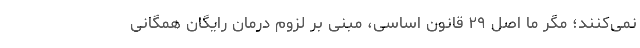
نمی‌کنند؛ مگر ما اصل ۲۹ قانون اساسی، مبنی بر لزوم درمان رایگان همگانی